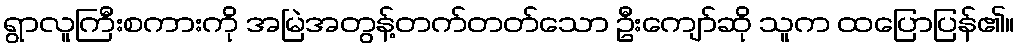
ရွာလူကြီးစကားကို အမြဲအတွန့်တက်တတ်သော ဦးကျော်ဆို သူက ထပြောပြန်၏။